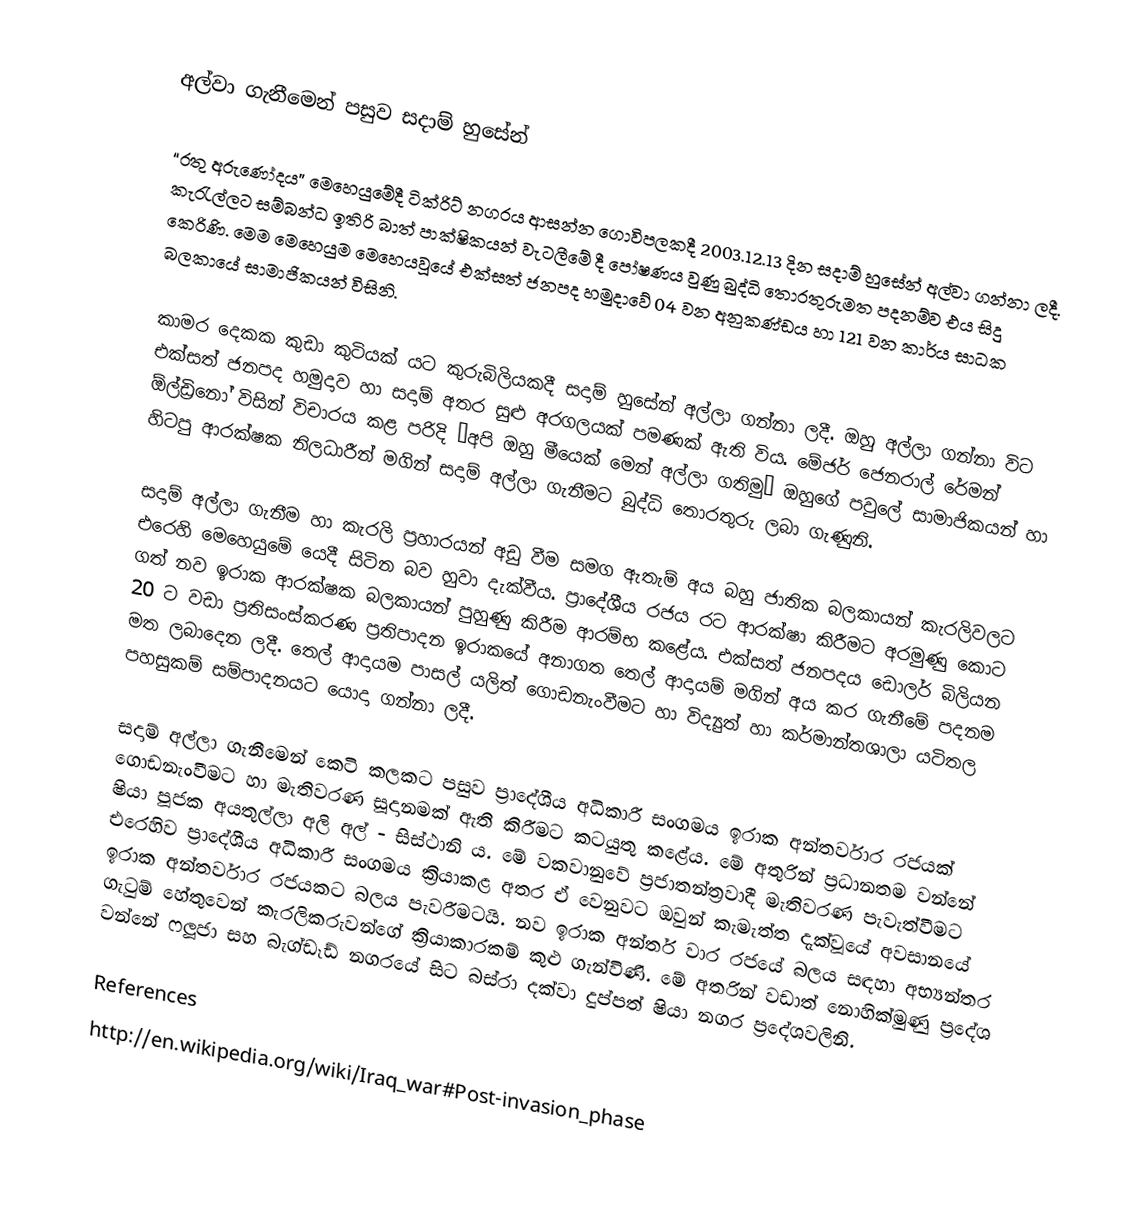
අල්වා ගැනීමෙන් පසුව සදාම් හුසේන්

“රතු අරුණෝදය” මෙහෙයුමේදී ටික්රිට් නගරය ආසන්න ගොවිපලකදී 2003.12.13 දින සදාම් හුසේන් අල්වා ගන්නා ලදී. කැරැල්ලට සම්බන්ධ ඉතිරි බාත් පාක්ෂිකයන් වැටලීමේ දී පෝෂණය වුණු බුද්ධි තොරතුරුමත පදනම්ව එය සිදු කෙරිණි. මෙම මෙහෙයුම මෙහෙයවූයේ එක්සත් ජනපද හමුදාවේ 04 වන අනුකණ්ඩය හා 121 වන කාර්ය සාධක බලකායේ සාමාජිකයන් විසිනි.

කාමර දෙකක කුඩා කුටියක් යට කුරුබිලියකදී සදාම් හුසේන් අල්‍ලා ගන්නා ලදී. ඔහු අල්ලා ගන්නා විට එක්සත් ජනපද හමුදාව හා සදාම් අතර සුළු අරගලයක් පමණක් ඇති විය. මේජර් ජෙනරාල් රේමන් ඕල්ඩ්‍රිනෝ විසින් විචාරය කළ පරිදි “අපි ඔහු මීයෙක් මෙන් අල්ලා ගතිමු” ඔහුගේ පවුලේ සාමාජිකයන් හා හිටපු ආරක්ෂක නිලධාරීන් මගින් සදාම් අල්ලා ගැනීමට බුද්ධි තොරතුරු ලබා ගැණුනි.

සදාම් අල්ලා ගැනීම හා කැරලි ප්‍රහාරයන් අඩු වීම සමග ඇතැම් අය බහු ජාතික බලකායන් කැරලිවලට එරෙහි මෙහෙයුමේ යෙදී සිටින බව හුවා දැක්වීය. ප්‍රාදේශීය රජය රට ආරක්ෂා කිරීමට අරමුණු කොට ගත් නව ඉරාක ආරක්ෂක බලකායන් පුහුණු කිරීම ආරම්භ කළේය. එක්සත් ජනපදය ඩොලර් බිලියන 20 ට වඩා ප්‍රතිසංස්කරණ ප්‍රතිපාදන ඉරාකයේ අනාගත තෙල් ආදායම් මගින් අය කර ගැනීමේ පදනම මත ලබාදෙන ලදී. තෙල් ආදායම පාසල් යලිත් ගොඩනැංවීමට හා විද්‍යුත් හා කර්මාන්තශාලා යටිතල පහසුකම් සම්පාදනයට යොදා ගන්නා ලදී.

සදාම් අල්ලා ගැනීමෙන් කෙටි කලකට පසුව ප්‍රාදේශීය අධිකාරී සංගමය ඉරාක අන්තර්වාර රජයක් ගොඩනැංවීමට හා මැතිවරණ සූදානමක් ඇති කිරීමට කටයුතු කළේය. මේ අතුරින් ප්‍රධානතම වන්නේ ෂියා පූජක අයතුල්ලා අලි අල් - සිස්ථානි ය. මේ වකවානුවේ ප්‍රජාතන්ත්‍රවාදී මැතිවරණ පැවැත්වීමට එරෙහිව ප්‍රාදේශීය අධිකාරී සංගමය ක්‍රියාකළ අතර ඒ වෙනුවට ඔවුන් කැමැත්ත දැක්වූයේ අවසානයේ ඉරාක අන්තර්වාර රජයකට බලය පැවරීමටයි. නව ඉරාක අන්තර් වාර රජයේ බලය සඳහා අභ්‍යන්තර ගැටුම් හේතුවෙන් කැරලිකරුවන්ගේ ක්‍රියාකාරකම් කුළු ගැන්විණි. මේ අතරින් වඩාත් නොහික්මුණු ප්‍රදේශ වන්නේ ෆලූජා සහ බැග්ඩෑඩ් නගරයේ සිට බස්රා දක්වා දුප්පත් ෂියා නගර ප්‍රදේශවලිනි.

References
http://en.wikipedia.org/wiki/Iraq_war#Post-invasion_phase